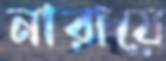
নারায়ে